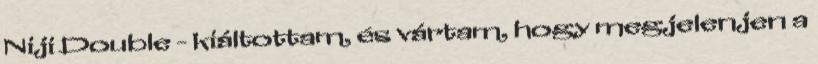
Niji Double - kiáltottam, és vártam, hogy megjelenjen a